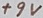
Text: +9V